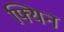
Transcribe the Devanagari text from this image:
फ्यिन